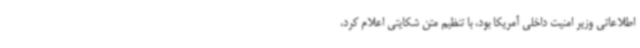
اطلاعاتی وزیر امنیت داخلی آمریکا بود، با تنظیم متن شکایتی اعلام کرد،